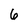
Character: 6